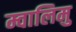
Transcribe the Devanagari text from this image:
म्वालिमु